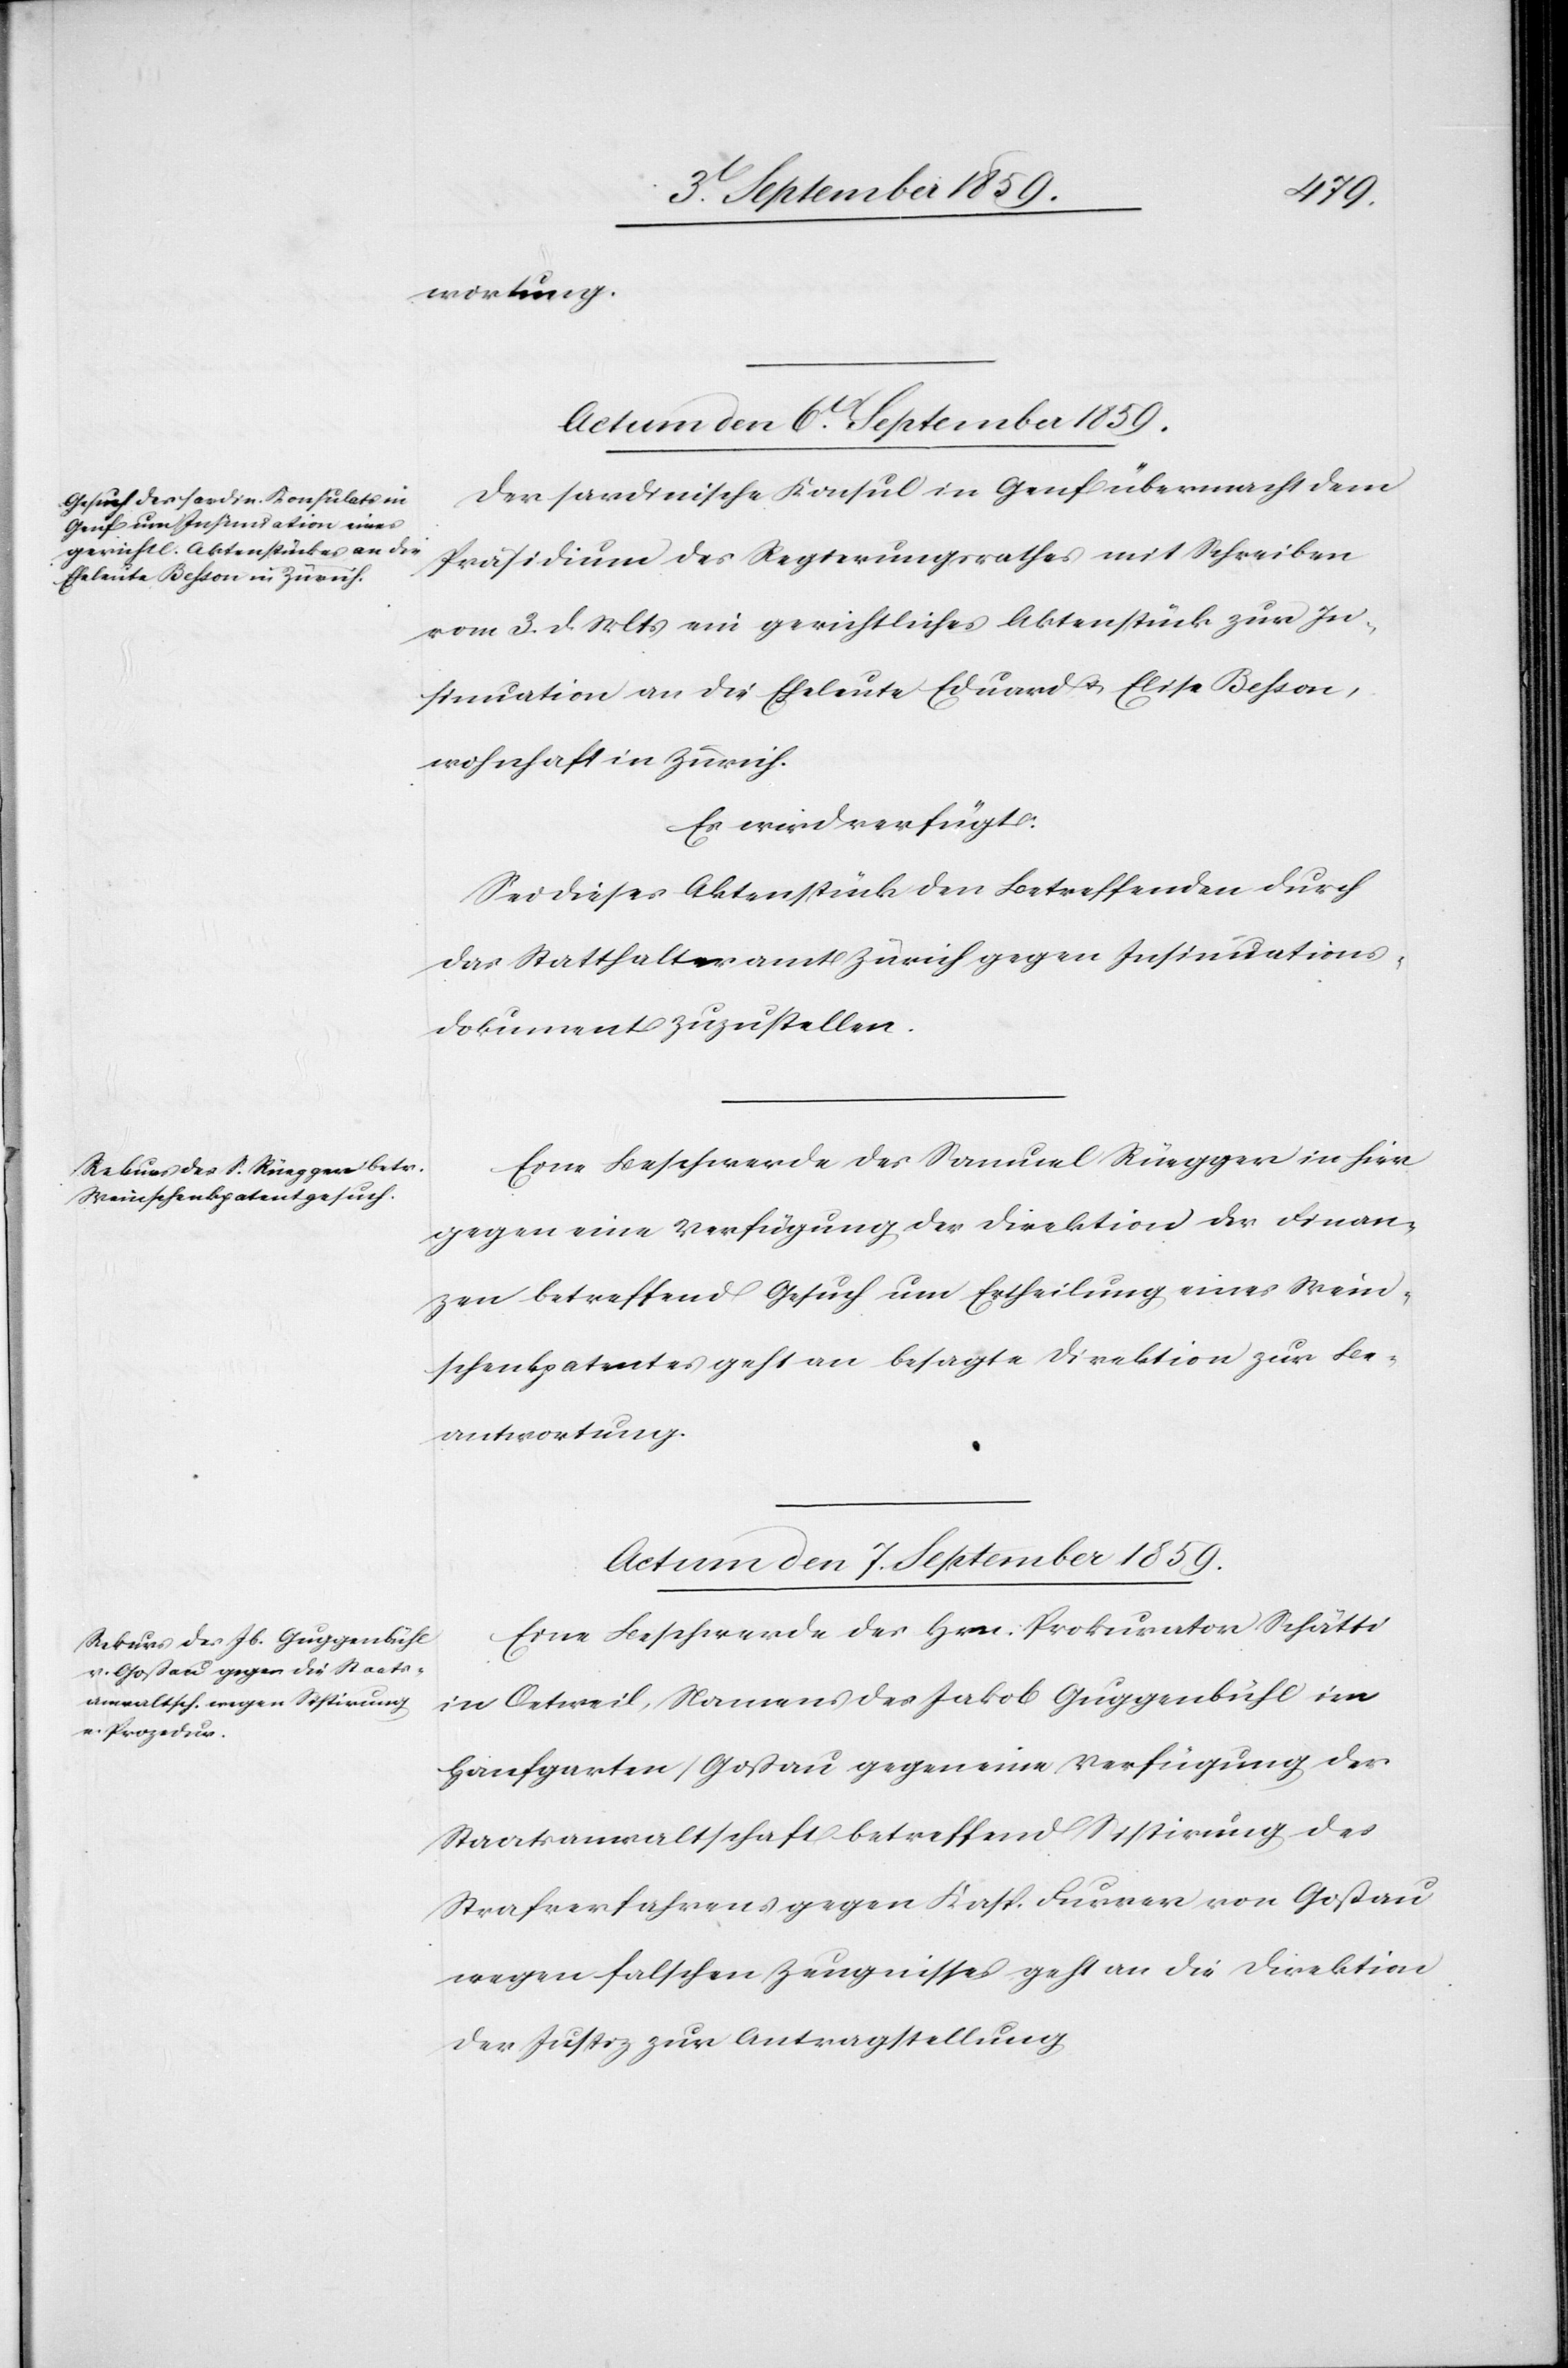
wortung.
Actum den 6t. September 1859.]
Der sardinische Konsul in Genf übermacht dem
Präsidium des Regierungsrathes mit Schreiben
vom 3. d. Mts. ein gerichtliches Aktenstück zur In¬
sinuation an die Eheleute Eduard & Elisa Besson,
wohnhaft in Zürich.
Es wird verfügt:
Sei dieses Aktenstück den betreffenden durch
das Statthalteramt Zürich gegen Insinuations¬
dokument zuzustellen.
Eine Beschwerde des Samuel Rüegger in hier
gegen eine Verfügung der Direktion der Finan¬
zen betreffend Gesuch um Ertheilung eines Wein¬
schenkpatentes geht an besagte Direktion zur Be¬
antwortung.
Actum den 7. September 1859.
Eine Beschwerde des Hr. Prokurator Schätti
in Oetweil, Namens des Jakob Guggenbühl im
Hanfgarten/Gossau gegen eine Verfügung der
Staatsanwaltschaft betreffend Sistirung des
Strafverfahrens gegen Kasp. Furrer von Goßau
wegen falschen Zeugnissen geht an die Direktion
der Justiz zur Antragstellung[.]